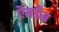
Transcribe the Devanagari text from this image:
ऐबडैब